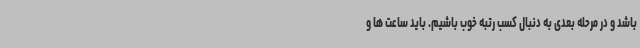
باشد و در مرحله بعدی به دنبال کسب رتبه خوب باشیم. باید ساعت ها و